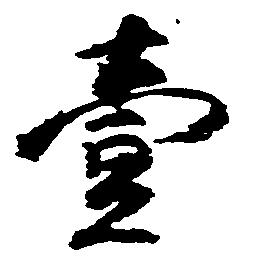
壱